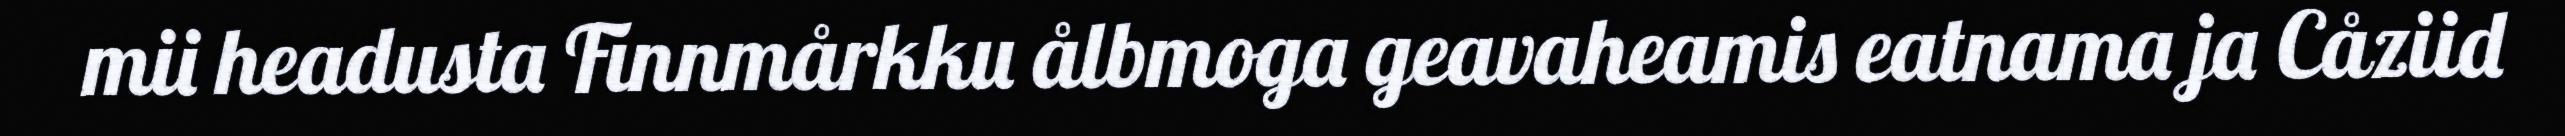
mii headusta Finnmårkku ålbmoga geavaheamis eatnama ja Cåziid